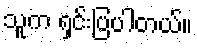
သူက ရှင်းပြပါတယ်။